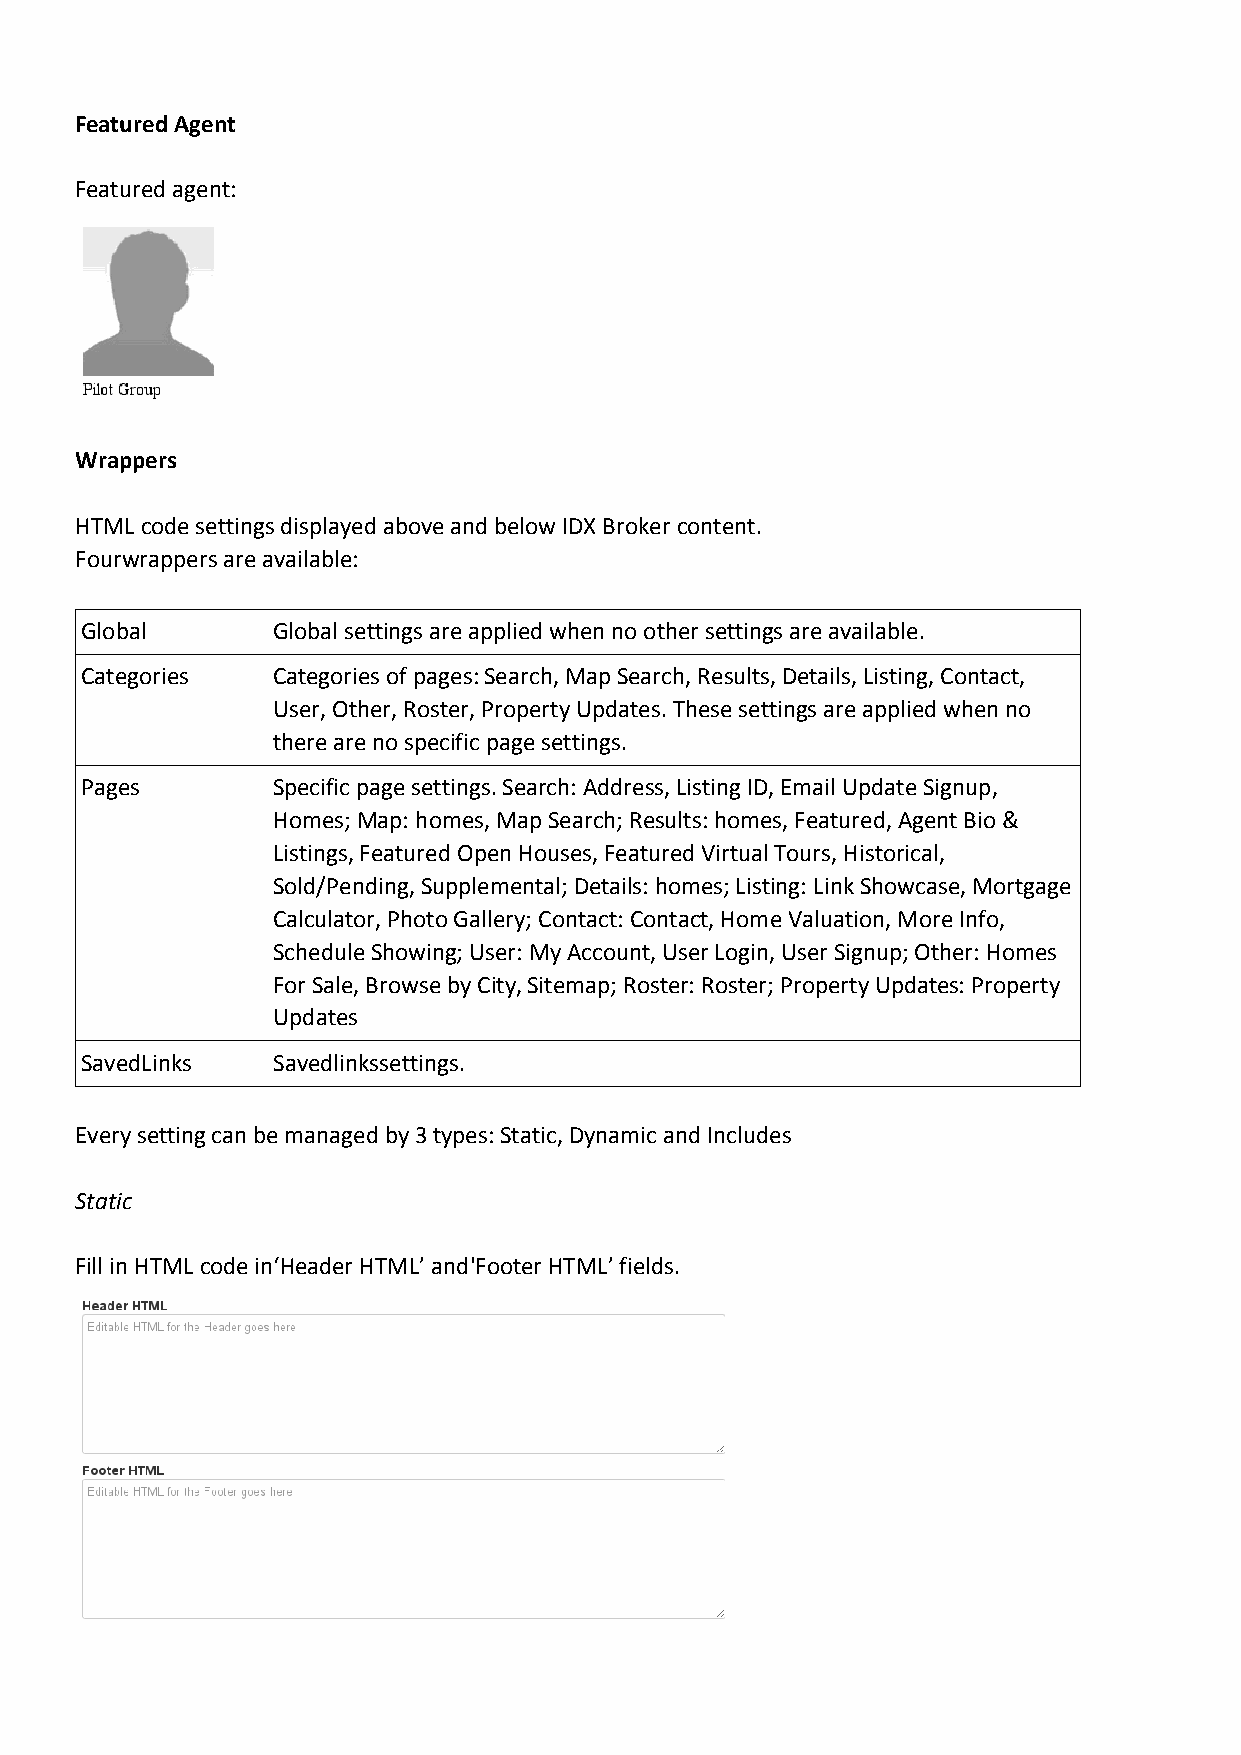
Featured Agent
 Featured agent:
 Wrappers
 HTML code settings displayed above and below IDX Broker content.
 Fourwrappers are available:
 Global       Global settings are applied when no other settings are available.
 Categories   Categories of pages: Search, Map Search, Results, Details, Listing, Contact,
 User, Other, Roster, Property Updates. These settings are applied when no
 there are no specific page settings.
 Pages        Specific page settings. Search: Address, Listing ID, Email Update Signup,
 Homes; Map: homes, Map Search; Results: homes, Featured, Agent Bio &
 Listings, Featured Open Houses, Featured Virtual Tours, Historical,
 Sold/Pending, Supplemental; Details: homes; Listing: Link Showcase, Mortgage
 Calculator, Photo Gallery; Contact: Contact, Home Valuation, More Info,
 Schedule Showing; User: My Account, User Login, User Signup; Other: Homes
 For Sale, Browse by City, Sitemap; Roster: Roster; Property Updates: Property
 Updates
 SavedLinks   Savedlinkssettings.
 Every setting can be managed by 3 types: Static, Dynamic and Includes
 Static
 Fill in HTML code in‘Header HTML’ and'Footer HTML’ fields.